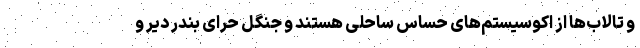
و تالاب‌ها از اکوسیستم‌های حساس ساحلی هستند و جنگل حرای بندر دیر و